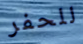
للحفر